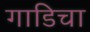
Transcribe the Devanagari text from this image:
गाडिचा